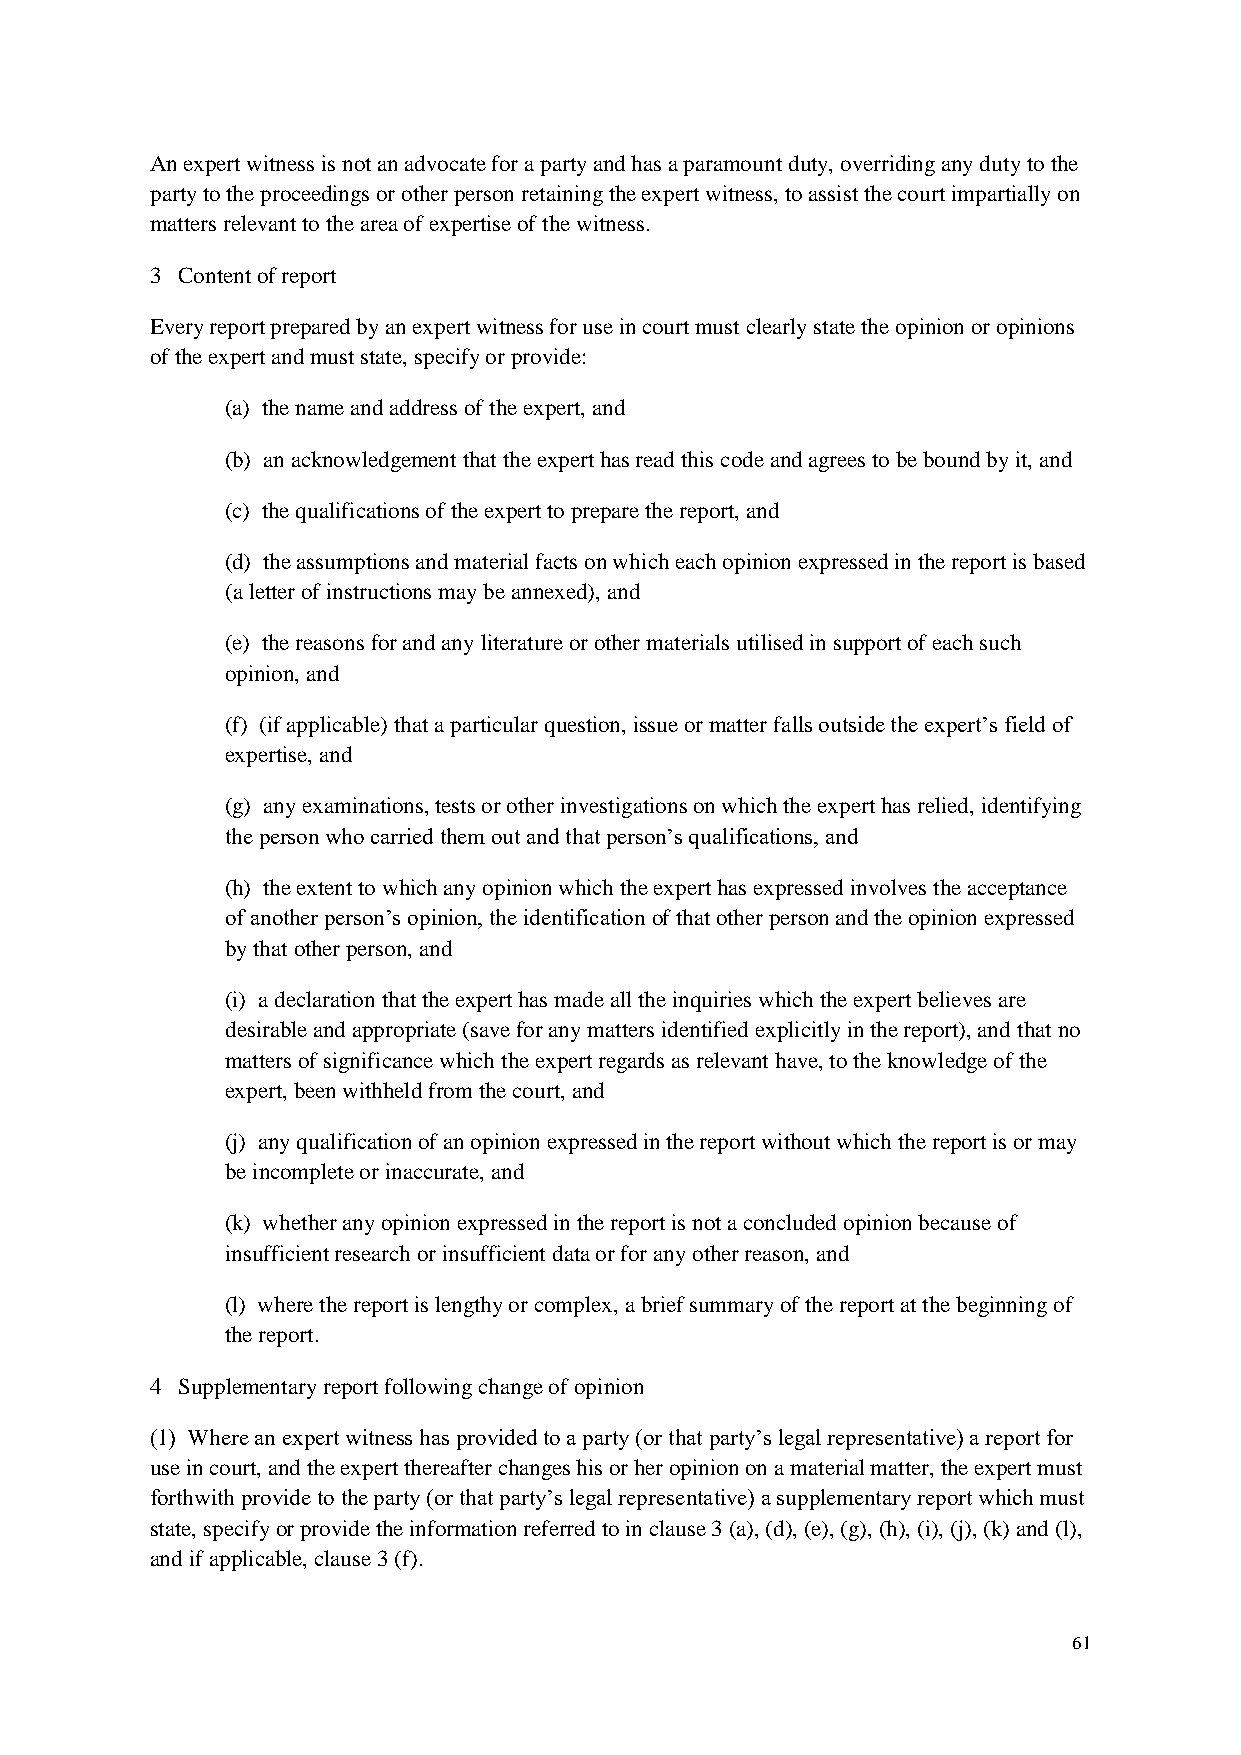
An expert witness is not an advocate for a party and has a paramount duty, overriding any duty to the
 party to the proceedings or other person retaining the expert witness, to assist the court impartially on
 matters relevant to the area of expertise of the witness.
 3 Content of report
 Every report prepared by an expert witness for use in court must clearly state the opinion or opinions
 of the expert and must state, specify or provide:
 (a) the name and address of the expert, and
 (b) an acknowledgement that the expert has read this code and agrees to be bound by it, and
 (c) the qualifications of the expert to prepare the report, and
 (d) the assumptions and material facts on which each opinion expressed in the report is based
 (a letter of instructions may be annexed), and
 (e) the reasons for and any literature or other materials utilised in support of each such
 opinion, and
 (f) (if applicable) that a particular question, issue or matter falls outside the expert’s field of
 expertise, and
 (g) any examinations, tests or other investigations on which the expert has relied, identifying
 the person who carried them out and that person’s qualifications, and
 (h) the extent to which any opinion which the expert has expressed involves the acceptance
 of another person’s opinion, the identification of that other person and the opinion expressed
 by that other person, and
 (i) a declaration that the expert has made all the inquiries which the expert believes are
 desirable and appropriate (save for any matters identified explicitly in the report), and that no
 matters of significance which the expert regards as relevant have, to the knowledge of the
 expert, been withheld from the court, and
 (j) any qualification of an opinion expressed in the report without which the report is or may
 be incomplete or inaccurate, and
 (k) whether any opinion expressed in the report is not a concluded opinion because of
 insufficient research or insufficient data or for any other reason, and
 (l) where the report is lengthy or complex, a brief summary of the report at the beginning of
 the report.
 4 Supplementary report following change of opinion
 (1) Where an expert witness has provided to a party (or that party’s legal representative) a report for
 use in court, and the expert thereafter changes his or her opinion on a material matter, the expert must
 forthwith provide to the party (or that party’s legal representative) a supplementary report which must
 state, specify or provide the information referred to in clause 3 (a), (d), (e), (g), (h), (i), (j), (k) and (l),
 and if applicable, clause 3 (f).
 61